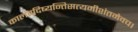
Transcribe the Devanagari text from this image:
कालंवदिष्यन्तिसत्यमीशंतमेवच।